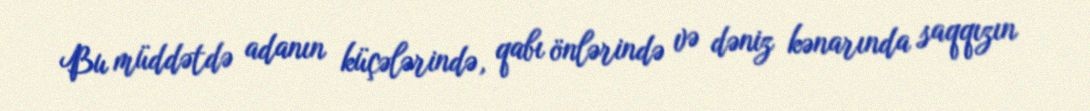
Bu müddətdə adanın küçələrində, qabı önlərində və dəniz kənarında saqqızın